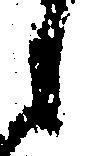
之